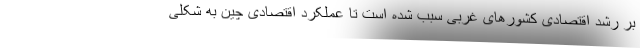
بر رشد اقتصادی کشورهای غربی سبب شده است تا عملکرد اقتصادی چین به شکلی